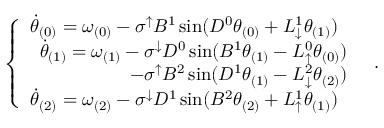
\begin{array} { r } { \left\{ \begin{array} { l l } { \Dot { \theta } _ { ( 0 ) } = \omega _ { ( 0 ) } - \sigma ^ { \uparrow } B ^ { 1 } \sin ( D ^ { 0 } \theta _ { ( 0 ) } + L _ { \downarrow } ^ { 1 } \theta _ { ( 1 ) } ) } \\ { \begin{array} { r } { \Dot { \theta } _ { ( 1 ) } = \omega _ { ( 1 ) } - \sigma ^ { \downarrow } D ^ { 0 } \sin ( B ^ { 1 } \theta _ { ( 1 ) } - L _ { \uparrow } ^ { 0 } \theta _ { ( 0 ) } ) } \\ { - \sigma ^ { \uparrow } B ^ { 2 } \sin ( D ^ { 1 } \theta _ { ( 1 ) } - L _ { \downarrow } ^ { 2 } \theta _ { ( 2 ) } ) } \end{array} } \\ { \Dot { \theta } _ { ( 2 ) } = \omega _ { ( 2 ) } - \sigma ^ { \downarrow } D ^ { 1 } \sin ( B ^ { 2 } \theta _ { ( 2 ) } + L _ { \uparrow } ^ { 1 } \theta _ { ( 1 ) } ) } \end{array} \right. \, . } \end{array}